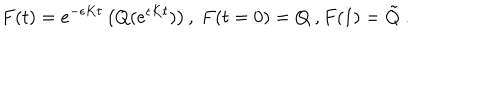
F ( t ) = e ^ { - \epsilon K t } \left( Q ( e ^ { \epsilon K t } ) \right) , \ F ( t = 0 ) = Q \ , F ( 1 ) = \tilde { Q } \ .